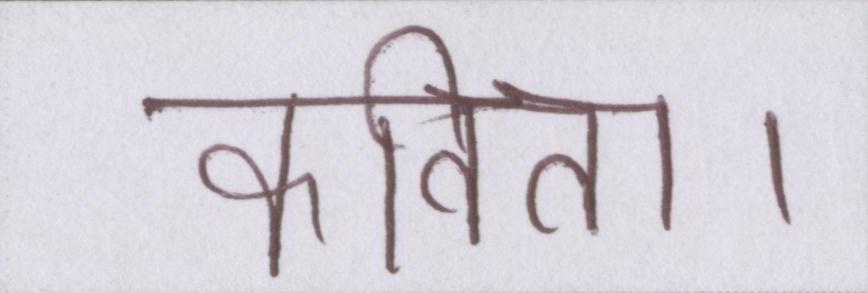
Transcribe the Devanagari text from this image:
कविता।